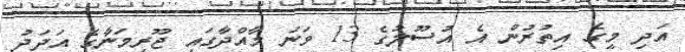
އަދި މީގެ އިތުރުން އެ އުސޫލުގެ 13 ވަނަ މާއްދާގައި ޖޫރިމަނާގެ އަދަދު